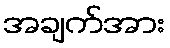
အချက်အား